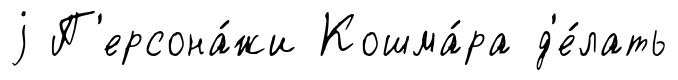
j П'ерсона́жи Кошма́ра д'е́лать